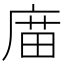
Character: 庿